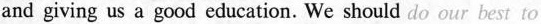
and giving us a good education. We should do our best to